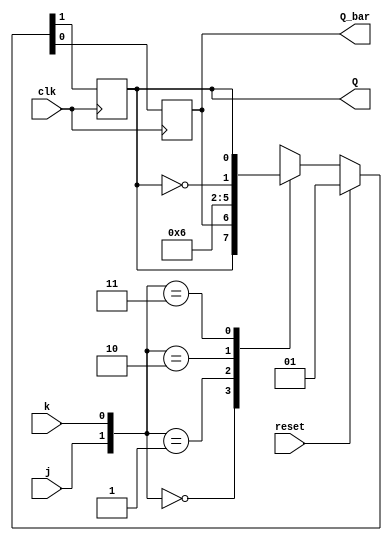
`timescale 1ns / 1ps
//////////////////////////////////////////////////////////////////////////////////
// Company: 
// Engineer: 
// 
// Design Name: 
// Module Name: jk_ff
// Project Name: 
// Target Devices: 
// Tool Versions: 
// Description: 
// 
// Dependencies: 
// 
// Revision:
// Revision 0.01 - File Created
// Additional Comments:
// 
//////////////////////////////////////////////////////////////////////////////////


module jk_ff(j,k,clk,reset,Q,Q_bar);
input j,k,clk,reset;
output reg Q,Q_bar;

    always@(posedge clk)
          begin
            if({reset})
            {Q,Q_bar}<={1'b0,1'b1};

            else
                begin
                case({j,k})
                2'b00:{Q,Q_bar}<={Q,Q_bar};
                2'b01:{Q,Q_bar}<={1'b0,1'b1};
                2'b10:{Q,Q_bar}<={1'b1,1'b0};
                2'b11:{Q,Q_bar}<={~Q,Q};
                default:begin end
                endcase
         end          
end
endmodule